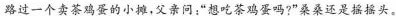
路过一个卖茶鸡蛋的小摊，父亲问：”想吃茶鸡蛋吗?”桑桑还是摇摇头。